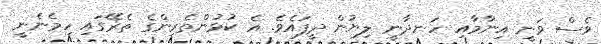
ވެސް ވަނީ އިނާމާއި ހަނދާނީ ލިޔުން ދީފައެވެ. އެ ކުޅުންތެރިންގެ ތެރޭގައި ހިމެނެނީ